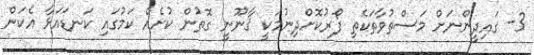
3- ގައިދީންނަށް މަސްތުވާތަކެތި ފޯރުކޮށްދިނުމަކީ ޤާނޫނީ ގޮތުން ކުށެއް ކަމުގައި ކަނޑައަޅާ އެކަން